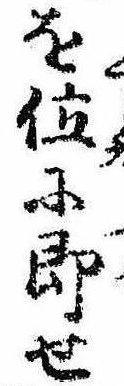
を位に即せ